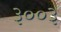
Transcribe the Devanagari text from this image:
३००३